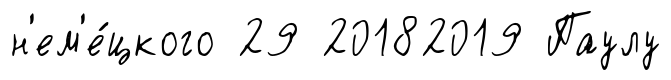
н'ем'е́цкого 29 20182019 Паулу